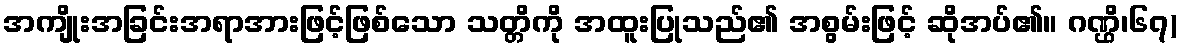
အကျိုးအခြင်းအရာအားဖြင့်ဖြစ်သော သတ္တိကို အထူးပြုသည်၏ အစွမ်းဖြင့် ဆိုအပ်၏။ ဂဏ္ဌိ၊၆၇)